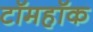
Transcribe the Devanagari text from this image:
टॉमहॉक